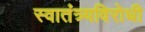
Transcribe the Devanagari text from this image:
स्वातंत्र्यविरोधी